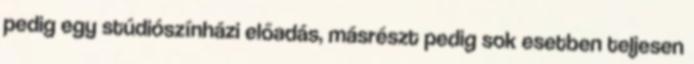
pedig egy stúdiószínházi előadás, másrészt pedig sok esetben teljesen